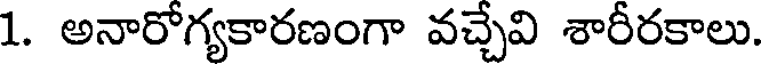
1. అనారోగ్యకారణంగా వచ్చేవి శారీరకాలు.